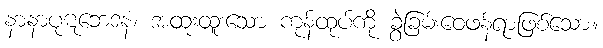
နာနာပုဋဘေဒနံ၊ အထူးထူးသော ကုန်ထုပ်ကို ခွဲခြမ်းဝေဖန်ရာဖြစ်သော။